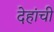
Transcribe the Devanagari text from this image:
देहांची